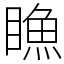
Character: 䁩